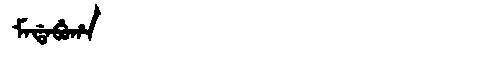
Manchu: ᠮᠠᡩᠠᠪᡠᡥᠠ
Romanization: MADABUHA